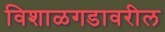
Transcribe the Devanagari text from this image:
विशाळगडावरील